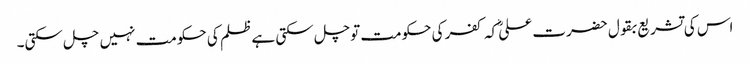
اس کی تشریع بقول حضرت علیؓ کہ کفر کی حکومت توچل سکتی ہے ظلم کی حکومت نہیں چل سکتی۔